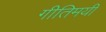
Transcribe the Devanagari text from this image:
गीतिमयी